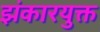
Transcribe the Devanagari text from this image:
झंकारयुक्त